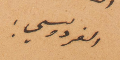
الفردوسي